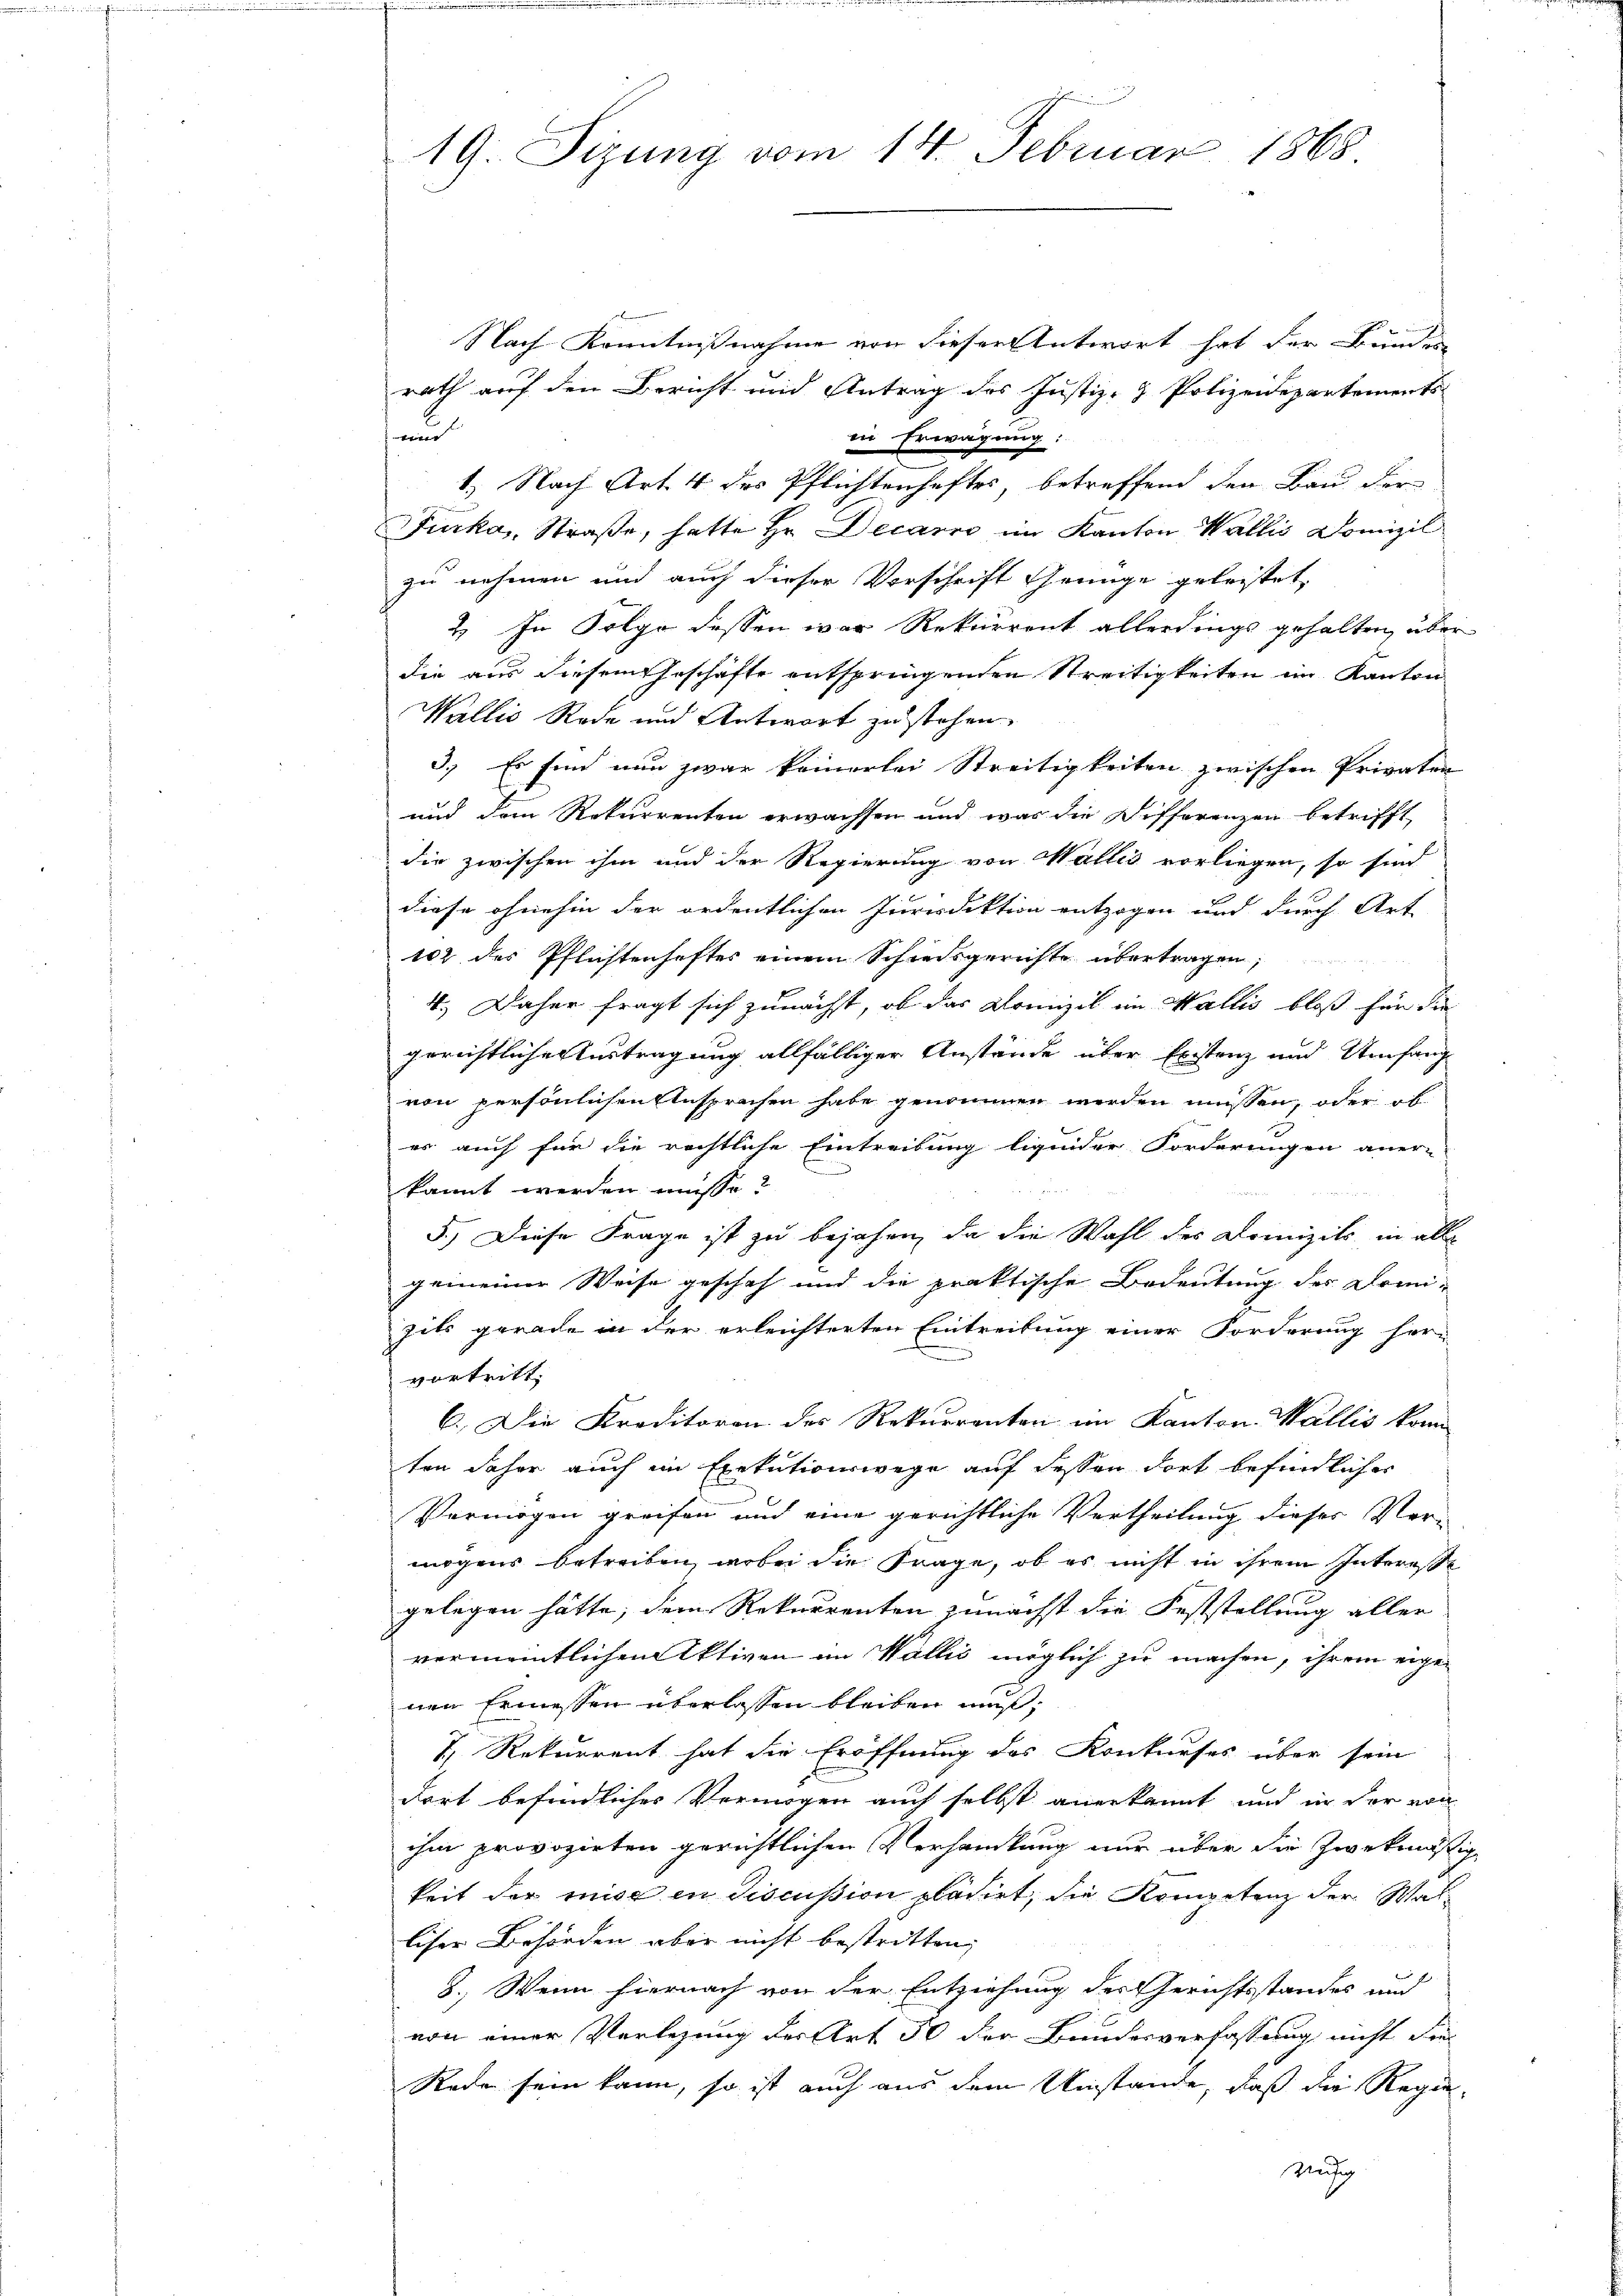
19. Sizung vom 14. Februar 1868

Nach Kenntnißnahme von dieser Antwort hat der Bunden
rath auf den Bericht und Antrag des Justiz- & Polizeidepartements
bite
in Erwägung:
1.) Nach Art. 4 des Pflichtenhaftes, betreffend den Bau der
Furka, Straße, hatte Hr. Decario, im Kanton Wallis Domizil
zu nehmen und auch dieser Vorschrift Grünge geleistet.
2. In Folge dessen war Rekurrent allerdings gehalten, über
die aus diesem Geschäfte entspringenden Streitigkeiten im Kanton
Wallis Rede und Antwort zu stehen
3.) Es sind nun zwar keinerlei Streitigkeiten zwischen Privater
und der Rekurrenten erwachsen und war die Differenzen betrifft
die zwischen ihm und der Regierung von Wallis vorliegen, so sind
diese ohnehin der ordentlichen Inverdiktion entzogen und durch Art
102 des Pflichtenhaftes einem Schiedsgerichte übertragen;
4.) Daher fragt sich zunächst, ob das Domizil im Wallis bloß für die
gerichtliche Vertragung allfälliger Anstände über Existenz und Umfang
von persönlichen Ansprachen habe genommen werden müssen, oder ob
es auch für die rechtliche Eintreibung ligender Forderungen aner-
kannt werden müsse?
5.) Diese Frage ist zu bejahen, da die Wahl des Domizils, in alle
gemeiner Weise gescheh und die praktische Bedeutung des Domi-
zils gerade in der erleichterten Eintreitung einer Forderung her-
vortritt.
6.) Die Kreditoren des Rekurrenten im Kanton Wallis konn
ten daher auch im Exekutionswege auf dessen dort befindlicher
Vermögen greifen und eine gerichtliche Vertheilung dieser Ver-
mögens betreiben, wobei die Frage, ob es nicht in ihrem Interesse
gelegen hätte; dem Rekurrenten zunächst die Feststellung aller
vermeintlichen Aktiven im Wallis möglich zu machen, ihrem eigenen Ermessen überlassen bleiben muß;
7. Rekurrent hat die Eröffnung des Konkurses über sein
dort befindliches Vermögen auch selbst angekannt und in der von
ihm provozirten gerichtlichen Verhandlung nur über die Zweckmässig
keit der mise in discussion placirt, die Kompetenz der Walliser Behörden aber nicht bestritten,
8.) Wenn hiernach von der Entziehung der Gerichtsstandes und
von einer Verlegung der Art 50 der Bundesverfassung nicht die
Rade sein kann, so ist auch aus dem Umstände, daß die Regie¬
Ung